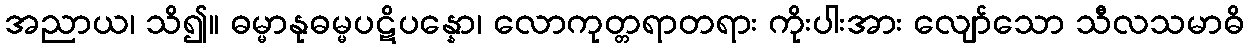
အညာယ၊ သိ၍။ ဓမ္မာနုဓမ္မပဋိပန္နော၊ လောကုတ္တရာတရား ကိုးပါးအား လျော်သော သီလသမာဓိ